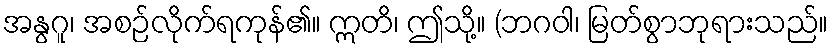
အနွဂူ၊ အစဉ်လိုက်ရကုန်၏။ ဣတိ၊ ဤသို့။ (ဘဂဝါ၊ မြတ်စွာဘုရားသည်။